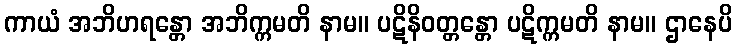
ကာယံ အဘိဟရန္တော အဘိက္ကမတိ နာမ။ ပဋိနိဝတ္တန္တော ပဋိက္ကမတိ နာမ။ ဌာနေပိ